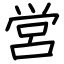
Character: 営